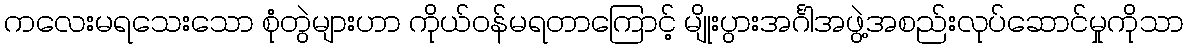
ကလေးမရသေးသော စုံတွဲများဟာ ကိုယ်ဝန်မရတာကြောင့် မျိုးပွားအင်္ဂါအဖွဲ့အစည်းလုပ်ဆောင်မှုကိုသာ